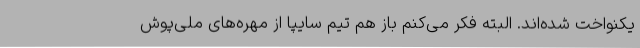
یکنواخت شده‌اند. البته فکر می‌کنم باز هم تیم سایپا از مهره‌های ملی‌پوش